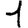
Digit: 1